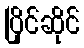
ပြိုင်ဆိုင်